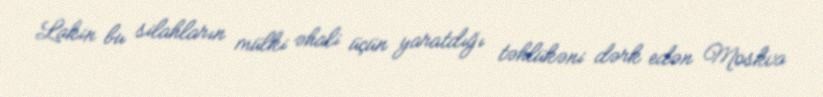
Lakin bu silahların mülki əhali üçün yaratdığı təhlükəni dərk edən Moskva